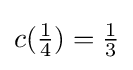
c({\tfrac {1}{4}})={\tfrac {1}{3}}